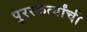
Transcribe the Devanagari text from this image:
पुरस्कर्त्यांची